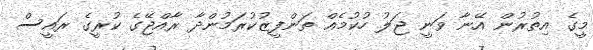
މީގެ އިތުރުން އޭނާ ވަނީ ޖަލު ހުކުމެއް ތަންފީޒުކުރަމުންދާ ރާއްޖޭގެ ކުރީގެ ރައީސް